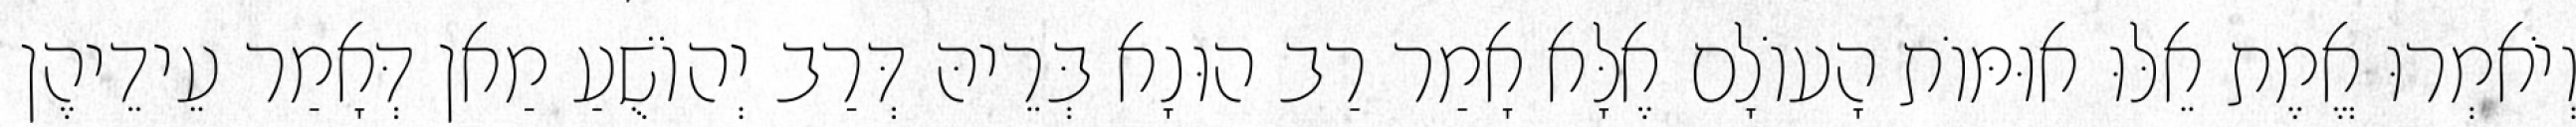
וְיֹאמְרוּ אֱמֶת אֵלּוּ אוּמּוֹת הָעוֹלָם אֶלָּא אָמַר רַב הוּנָא בְּרֵיהּ דְּרַב יְהוֹשֻׁעַ מַאן דְּאָמַר עֵידֵיהֶן